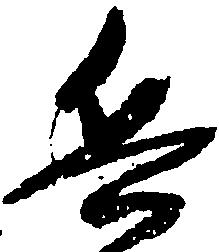
兵